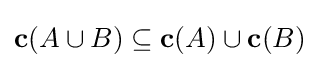
\mathbf {c} (A\cup B)\subseteq \mathbf {c} (A)\cup \mathbf {c} (B)